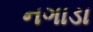
નગાડા